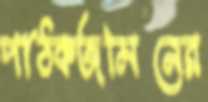
পাঠকজমিনের